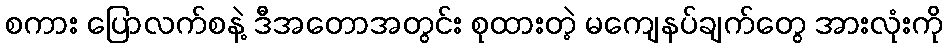
စကား ပြောလက်စနဲ့ ဒီအတောအတွင်း စုထားတဲ့ မကျေနပ်ချက်တွေ အားလုံးကို